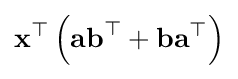
{\textbf {x}}^{\top }\left({\textbf {a}}{\textbf {b}}^{\top }+{\textbf {b}}{\textbf {a}}^{\top }\right)